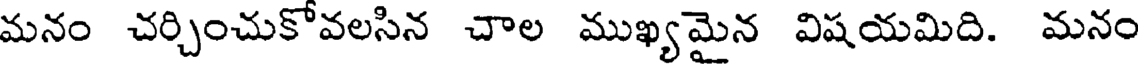
మనం చర్చించుకోవలసిన చాల ముఖ్యమైన విషయమిది. మనం